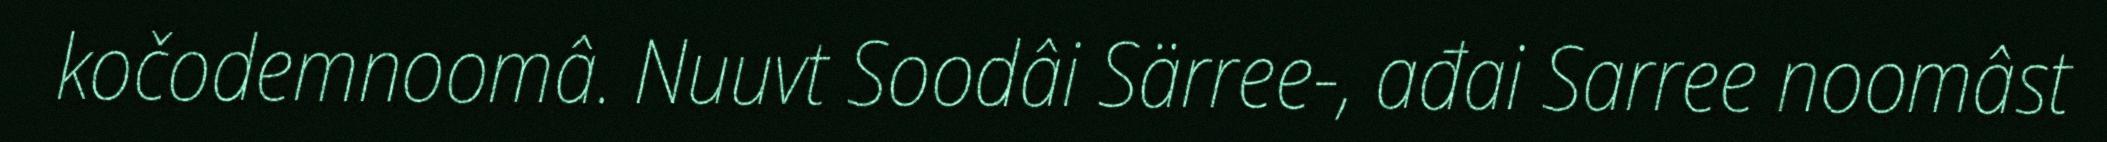
kočodemnoomâ. Nuuvt Soodâi Särree-, ađai Sarree noomâst